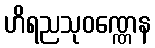
ဟိရညသုဝဏ္ဏေန